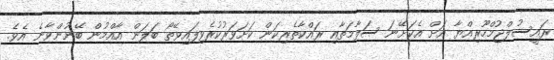
ރައީސުލްޖުމްހޫރިއްޔާ އަށް އެކަށޭނަ ސަލާމަތާއި ރައްކާތެރިކަން ކަށަވަރުކުރެވިފައިވޭތޯ ބަލަން އާއްމުން ބޭނުންވާނެ އެވެ.